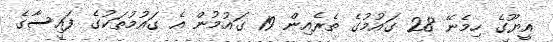
އީޔޫގެ ހިމެނޭ 28 ގައުމުގެ ތެރެއިން 19 ގައުމުން އެ ގައުމުތަކުގެ ފައިސާގެ